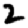
Digit: 2